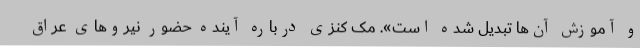
و آموزش آن‌ها تبدیل شده است». مک کنزی درباره آینده حضور نیروهای عراق